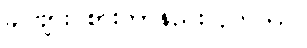
ခင်ဗျား စားတာနည်းလိုက်တာ။